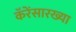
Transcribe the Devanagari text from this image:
कॅरेंसारख्या